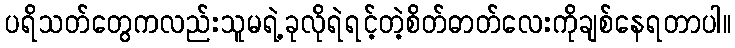
ပရိသတ်တွေကလည်းသူမရဲ့ခုလိုရဲရင့်တဲ့စိတ်ဓာတ်လေးကိုချစ်နေရတာပါ။